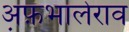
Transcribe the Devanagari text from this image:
अ़फ़भालेराव